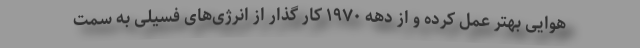
هوایی بهتر عمل کرده و از دهه ۱۹۷۰ کار گذار از انرژی‌های فسیلی به سمت